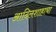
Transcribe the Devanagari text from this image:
आदिलशाहाचा